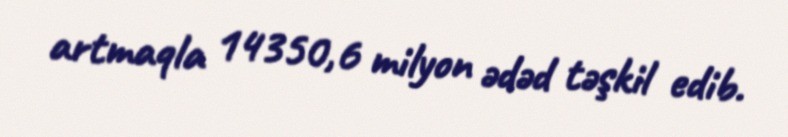
artmaqla 14350,6 milyon ədəd təşkil edib.